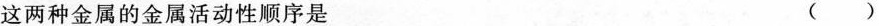
这两种金属的金属活动性顺序是 ()